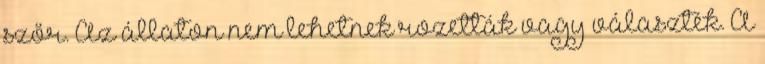
szőr. Az állaton nem lehetnek rozetták vagy választék. A